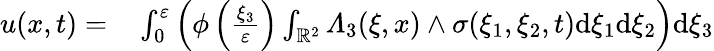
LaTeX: \begin{array}{rl}{u(x,t)=}&{{}\int_{0}^{\varepsilon}\left(\phi\left(\frac{\xi_{3}}{\varepsilon}\right)\int_{\mathbb{R}^{2}}\varLambda_{3}(\xi,x)\wedge\sigma(\xi_{1},\xi_{2},t)\mathrm{d}\xi_{1}\mathrm{d}\xi_{2}\right)\mathrm{d}\xi_{3}}\end{array}